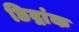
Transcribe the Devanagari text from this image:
छिद्रांक